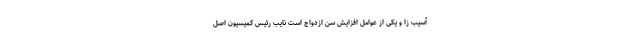
آسیب زا و یکی از عوامل افزایش سن ازدواج است نایب رئیس کمیسیون اصل